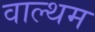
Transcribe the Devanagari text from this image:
वाल्थम